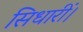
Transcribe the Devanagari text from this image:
सिधारीं।